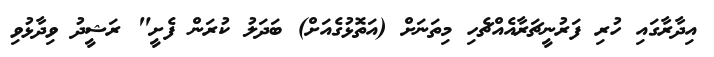
އިދާރާގައި ހުރި ފަރުނީޗަރާއެއްޗެހި މިތަނަށް (އަތޮޅުގެއަށް) ބަދަލު ކުރަން ފެށީ" ރަޝީދު ވިދާޅުވި